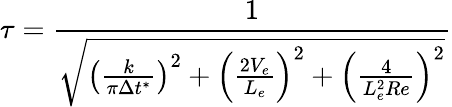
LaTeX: \tau=\frac{1}{\sqrt{\left(\frac{k}{\pi\Delta t^{*}}\right)^{2}+\left(\frac{2V_{e}}{L_{e}}\right)^{2}+\left(\frac{4}{L_{e}^{2}Re}\right)^{2}}}